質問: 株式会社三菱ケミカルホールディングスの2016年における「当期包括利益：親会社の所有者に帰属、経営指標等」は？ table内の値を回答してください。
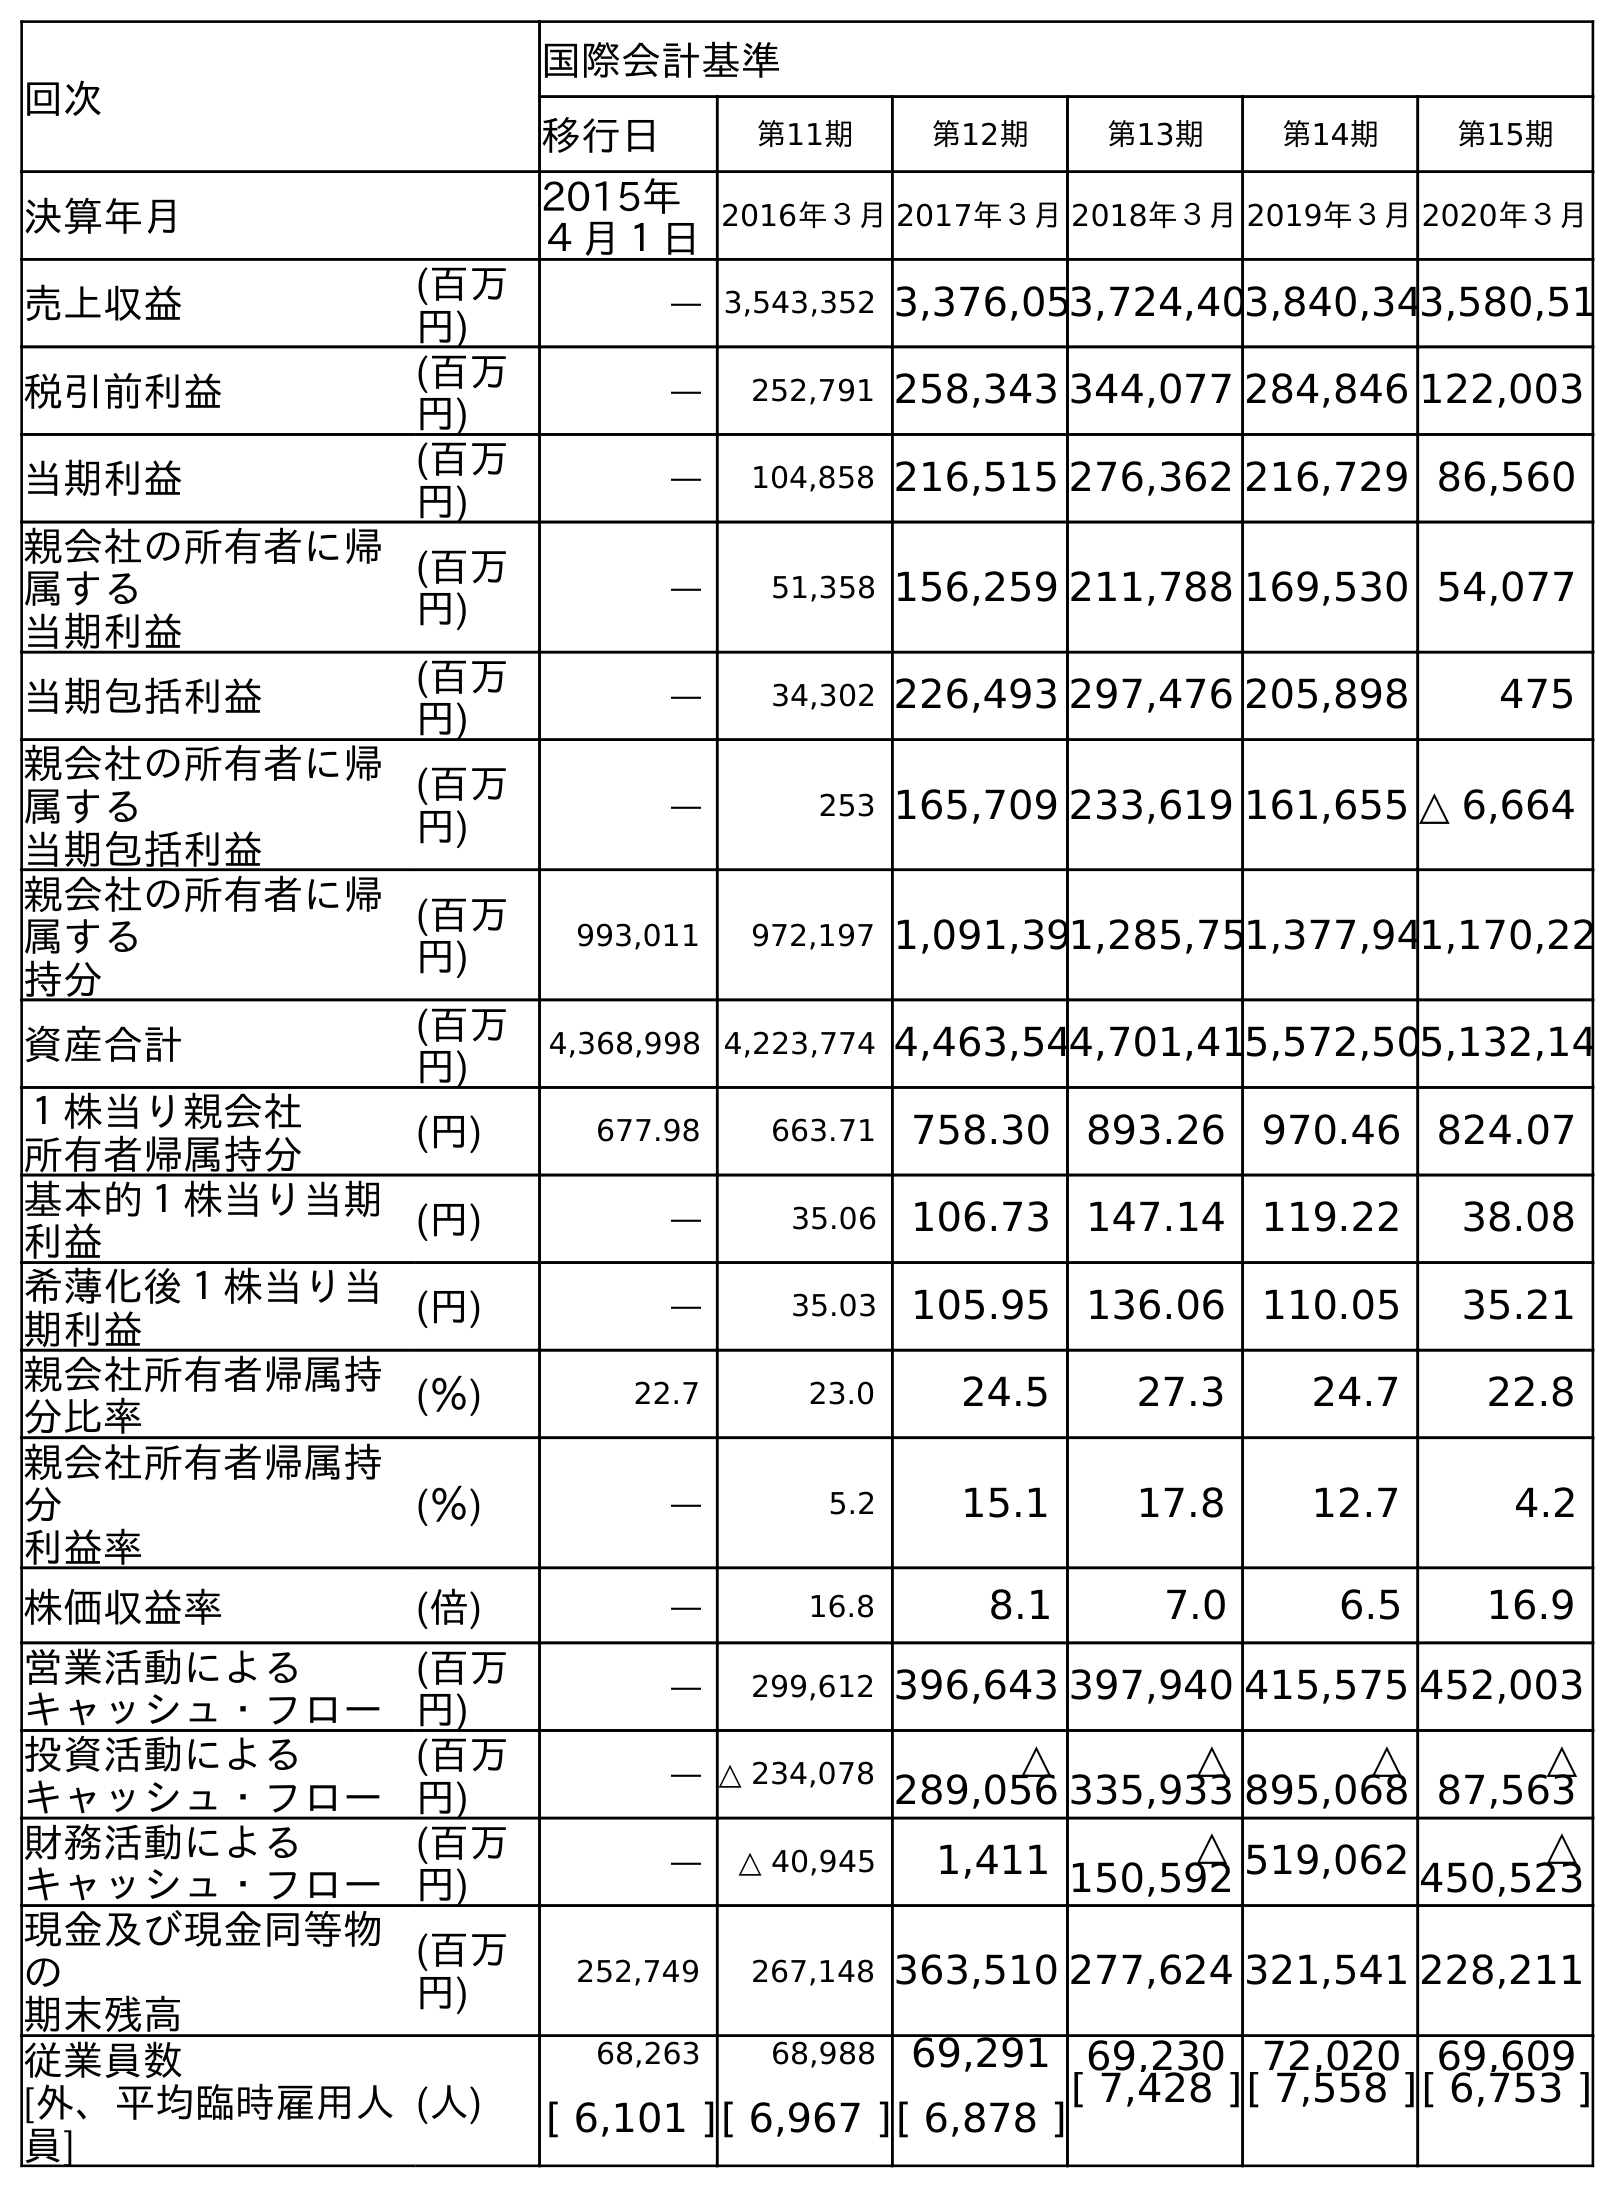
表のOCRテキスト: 回次 国際会計基準 移行日 第11期 第12期 第13期 第14期 第15期 決算年月 2015年 ４月１日 2016年３月2017年３月2018年３月2019年３月2020年３月 売上収益 (百万 円) ― 3,543,352 3,376,053,724,403,840,343,580,51 税引前利益 (百万 円) ― 252,791 258,343 344,077 284,846 122,003 当期利益 (百万 円) ― 104,858 216,515 276,362 216,729 86,560 親会社の所有者に帰 属する 当期利益 (百万 円) ― 51,358 156,259 211,788 169,530 54,077 当期包括利益 (百万 円) ― 34,302 226,493 297,476 205,898 475 親会社の所有者に帰 属する 当期包括利益 (百万 円) ― 253 165,709 233,619 161,655 △ 6,664 親会社の所有者に帰 属する 持分 (百万 円) 993,011 972,197 1,091,391,285,751,377,941,170,22 資産合計 (百万 円) 4,368,998 4,223,774 4,463,544,701,415,572,505,132,14 １株当り親会社 所有者帰属持分 (円) 677.98 663.71 758.30 893.26 970.46 824.07 基本的１株当り当期 利益 (円) ― 35.06 106.73 147.14 119.22 38.08 希薄化後１株当り当 期利益 (円) ― 35.03 105.95 136.06 110.05 35.21 親会社所有者帰属持 分比率 (％) 22.7 23.0 24.5 27.3 24.7 22.8 親会社所有者帰属持 分 利益率 (％) ― 5.2 15.1 17.8 12.7 4.2 株価収益率 (倍) ― 16.8 8.1 7.0 6.5 16.9 営業活動による キャッシュ・フロー (百万 円) ― 299,612 396,643 397,940 415,575 452,003 投資活動による キャッシュ・フロー (百万 円) ― △ 234,078 △ 289,056 △ 335,933 △ 895,068 △ 87,563 財務活動による キャッシュ・フロー (百万 円) ― △ 40,945 1,411 △ 150,592 519,062 △ 450,523 現金及び現金同等物 の 期末残高 (百万 円) 252,749 267,148 363,510 277,624 321,541 228,211 従業員数 [外、平均臨時雇用人 員] (人) 68,263 68,988 69,291 69,230 72,020 69,609 [ 6,101 ][ 6,967 ][ 6,878 ][ 7,428 ][ 7,558 ][ 6,753 ]
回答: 253